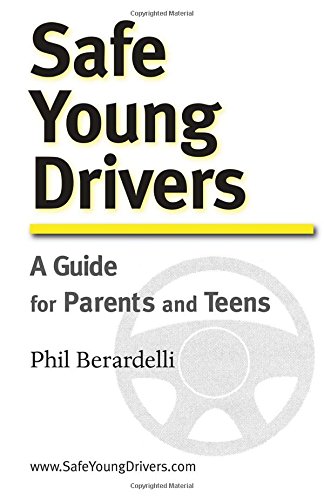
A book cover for Safe Young Drivers: A Guide for Parents and Teens; Phil Berardelli; Test Preparation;